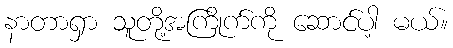
နာတာရှာ သူတို့အကြိုက်ကို ဆောင်ပါ့ မယ်။